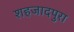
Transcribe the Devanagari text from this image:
शहजादपुरा